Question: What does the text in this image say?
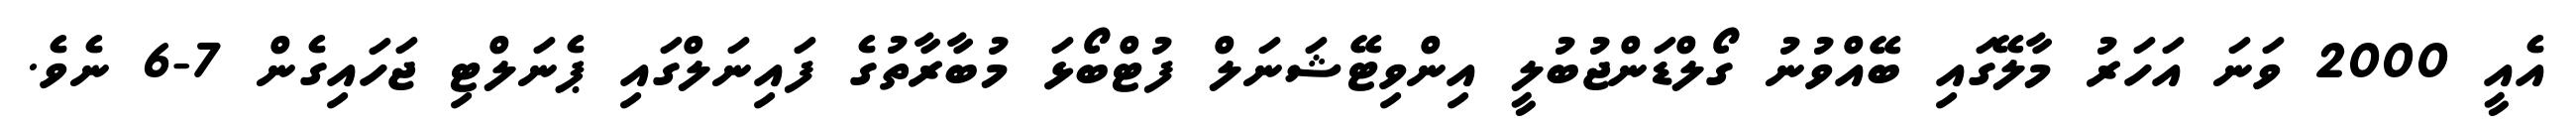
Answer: އެއީ 2000 ވަނަ އަހަރު މާލޭގައި ބޭއްވުނު ގޯލްޑަންޖުބުލީ އިންވިޓޭޝަނަލް ފުޓްބޯޅަ މުބާރާތުގެ ފައިނަލްގައި ޕެނަލްޓި ޖަހައިގެން 7-6 ނެވެ.